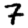
Digit: 7